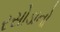
રસોડાનો